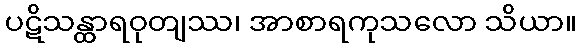
ပဋိသန္ထာရဝုတျဿ၊ အာစာရကုသလော သိယာ။